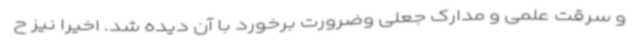
و سرقت علمی و مدارک جعلی وضرورت برخورد با آن دیده شد. اخیرا نیز ح